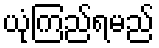
ယုံကြည်ရမည်